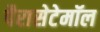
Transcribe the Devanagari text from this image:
पैरासेटेमॉल